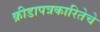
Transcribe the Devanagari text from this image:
क्रीडापत्रकारितेचे